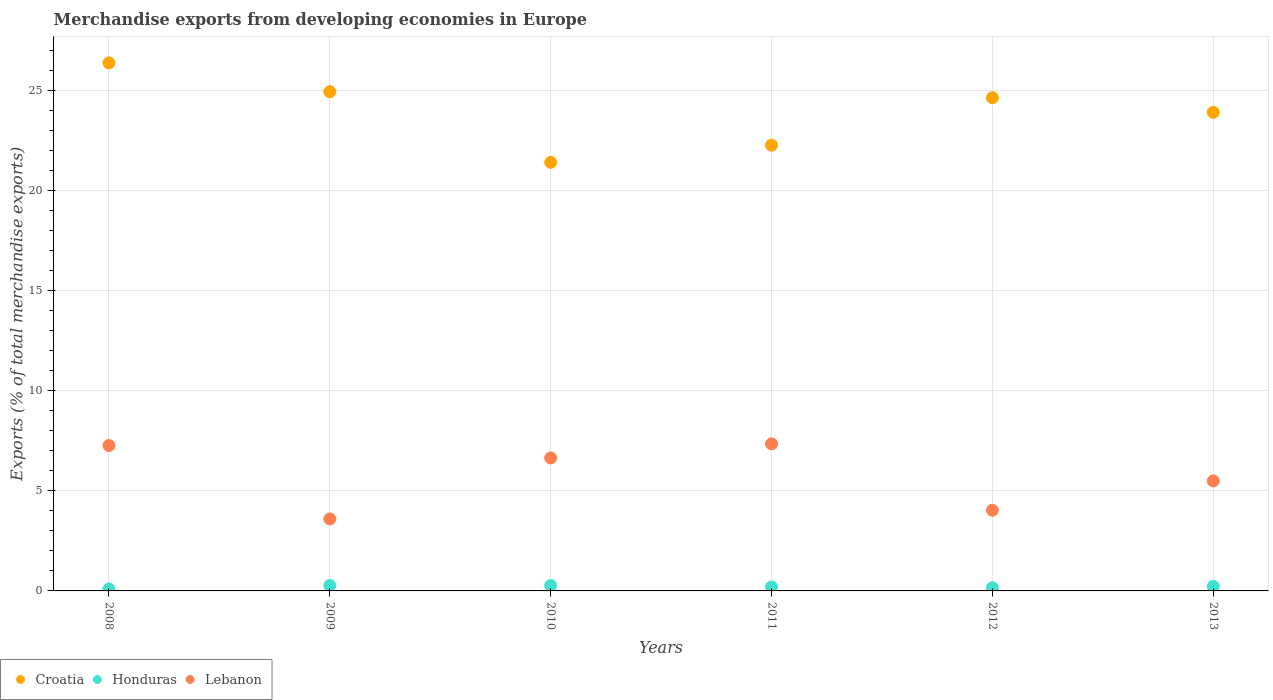
| Years | Croatia | Honduras | Lebanon |
 | --- | --- | --- | --- |
 | 2008 | 26.4 | 0.101 | 7.26 |
 | 2009 | 24.9 | 0.269 | 3.59 |
 | 2010 | 21.4 | 0.269 | 6.64 |
 | 2011 | 22.3 | 0.198 | 7.34 |
 | 2012 | 24.6 | 0.159 | 4.03 |
 | 2013 | 23.9 | 0.229 | 5.49 |